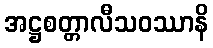
အဋ္ဌစတ္တာလီသဝဿာနိ